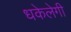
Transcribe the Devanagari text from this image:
धकेलेगी